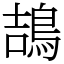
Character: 鴶